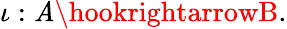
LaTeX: \iota:\mathit{A}\hookrightarrowB.